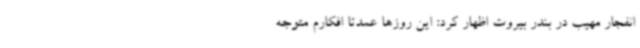
انفجار مهیب در بندر بیروت اظهار کرد: این روزها عمدتا افکارم متوجه